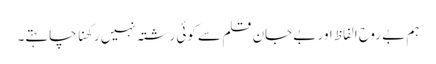
ہم بے روح الفاظ اور بے جان قلم سے کوئی رشتہ نہیں رکھنا چاہتے۔